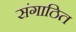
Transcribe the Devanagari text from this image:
संगाठित